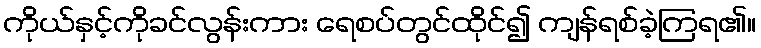
ကိုယ်နှင့်ကိုခင်လွန်းကား ရေစပ်တွင်ထိုင်၍ ကျန်ရစ်ခဲ့ကြရ၏။